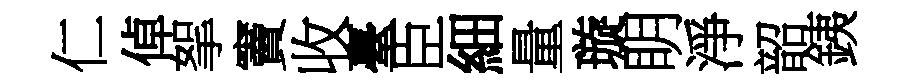
仁倬挐竇收臺臣細量璇眀淨韶銕